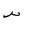
Letter: _sad